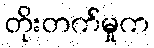
တိုးတက်မှုက